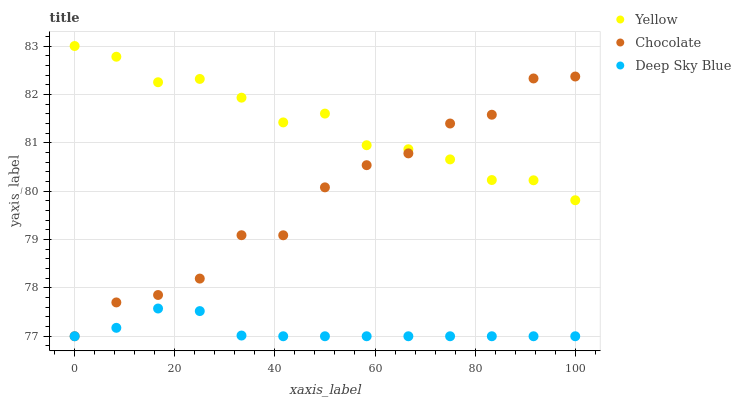
| xaxis_label | Yellow | Chocolate | Deep Sky Blue |
 | --- | --- | --- | --- |
 | 0 | 83 | 77 | 77 |
 | 8.33 | 82.8 | 77.7 | 77.2 |
 | 16.7 | 82.3 | 77.9 | 77.6 |
 | 25 | 82.3 | 78.2 | 77.5 |
 | 33.3 | 81.9 | 79.1 | 77 |
 | 41.7 | 81.4 | 79.1 | 77 |
 | 50 | 81.6 | 80.1 | 77 |
 | 58.3 | 80.9 | 80.5 | 77 |
 | 66.7 | 80.9 | 80.8 | 77 |
 | 75 | 80.7 | 81.4 | 77 |
 | 83.3 | 80.2 | 81.6 | 77 |
 | 91.7 | 80.2 | 82.3 | 77 |
 | 100 | 79.8 | 82.4 | 77 |